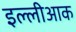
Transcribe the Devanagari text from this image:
इल्लीआक